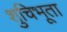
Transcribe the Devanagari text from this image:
शुचिभूता